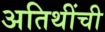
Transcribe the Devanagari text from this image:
अतिथींची